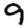
Digit: 9